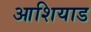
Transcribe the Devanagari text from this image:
आशियाड